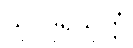
သုဝိဒူရသုတ္တံ